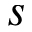
s